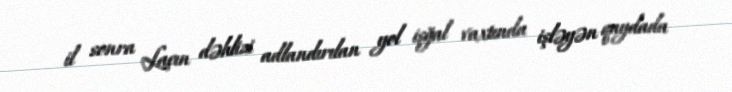
il sonra Laçın dəhlizi adlandırılan yol işğal vaxtında işləyən qaydada